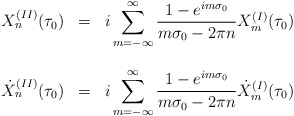
\begin{align*}\begin{array}{lcl}X_n^{(II)}(\tau_0) & = & {\displaystyle i \sum_{m=-\infty}^{\infty}\frac{1- e^{im\sigma_0}}{m\sigma_0 - 2\pi n} X_m^{(I)}(\tau_0) } \\ & & \\{\dot X}_n^{(II)}(\tau_0) & = & {\displaystyle i\sum_{m=-\infty}^{\infty} \frac{1- e^{im\sigma_0}}{m\sigma_0 - 2\pi n}{\dot X}_m^{(I)}(\tau_0) }\end{array}\end{align*}